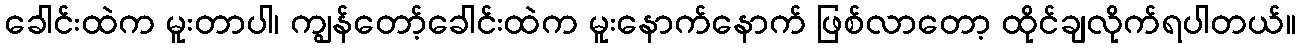
ခေါင်းထဲက မူးတာပါ၊ ကျွန်တော့်ခေါင်းထဲက မူးနောက်နောက် ဖြစ်လာတော့ ထိုင်ချလိုက်ရပါတယ်။